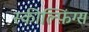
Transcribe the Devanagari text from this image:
स्कील्फ़िंग्स